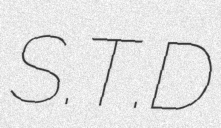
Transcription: S.T.D